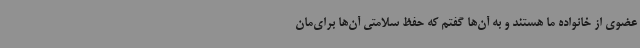
عضوی از خانواده ما هستند و به آن‌ها گفتم که حفظ سلامتی آن‌ها برای‌مان